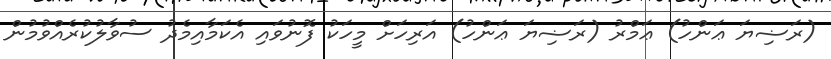
(ރަޟިޔަ ޢަންހު) ޢަމްރު (ރަޟިޔަ ޢަންހު) އަރިހަށް މީހަކު ފޮނުވައި އެކަމާއިމެދު ސުވާލުކުރެއްވުމުން